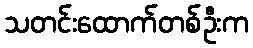
သတင်းထောက်တစ်ဦးက